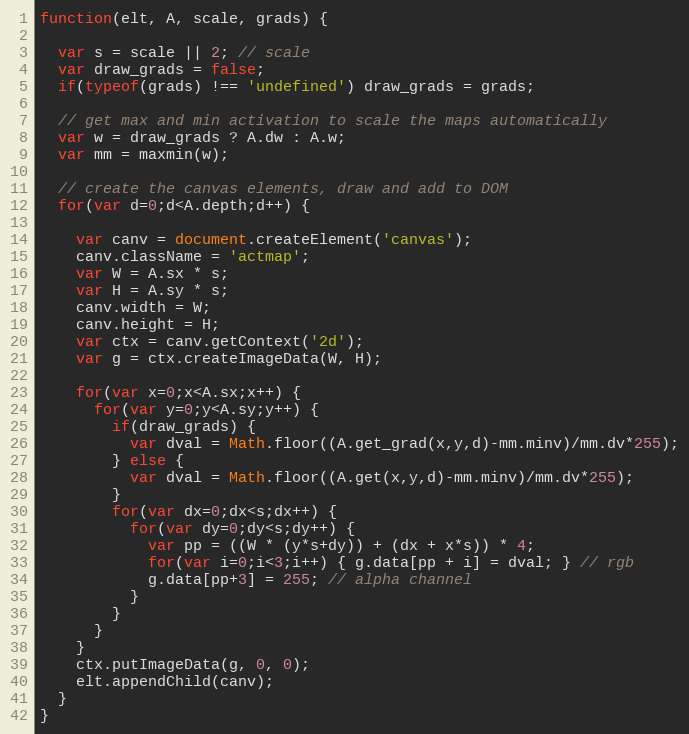
Language: JavaScript
function(elt, A, scale, grads) {

  var s = scale || 2; // scale
  var draw_grads = false;
  if(typeof(grads) !== 'undefined') draw_grads = grads;

  // get max and min activation to scale the maps automatically
  var w = draw_grads ? A.dw : A.w;
  var mm = maxmin(w);

  // create the canvas elements, draw and add to DOM
  for(var d=0;d<A.depth;d++) {

    var canv = document.createElement('canvas');
    canv.className = 'actmap';
    var W = A.sx * s;
    var H = A.sy * s;
    canv.width = W;
    canv.height = H;
    var ctx = canv.getContext('2d');
    var g = ctx.createImageData(W, H);

    for(var x=0;x<A.sx;x++) {
      for(var y=0;y<A.sy;y++) {
        if(draw_grads) {
          var dval = Math.floor((A.get_grad(x,y,d)-mm.minv)/mm.dv*255);
        } else {
          var dval = Math.floor((A.get(x,y,d)-mm.minv)/mm.dv*255);
        }
        for(var dx=0;dx<s;dx++) {
          for(var dy=0;dy<s;dy++) {
            var pp = ((W * (y*s+dy)) + (dx + x*s)) * 4;
            for(var i=0;i<3;i++) { g.data[pp + i] = dval; } // rgb
            g.data[pp+3] = 255; // alpha channel
          }
        }
      }
    }
    ctx.putImageData(g, 0, 0);
    elt.appendChild(canv);
  }
}